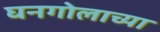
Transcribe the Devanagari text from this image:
घनगोलाच्या